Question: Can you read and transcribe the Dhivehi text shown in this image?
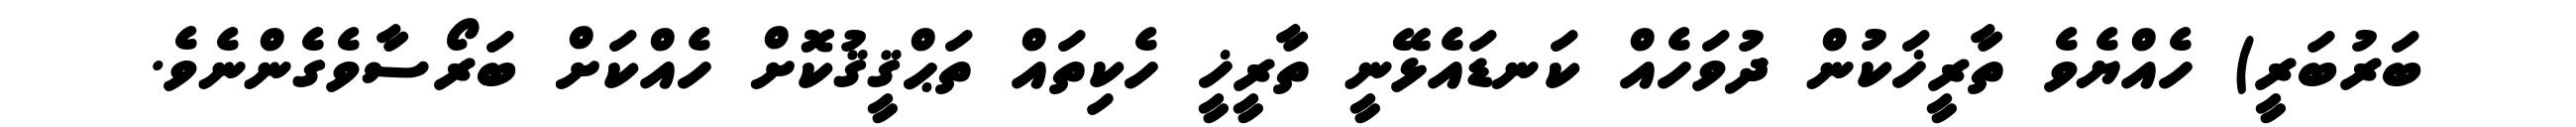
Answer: ބަރުބަރީ) ހެއްޔެވެ ތާރީޚަކުން ދުވަހެއް ކަނޑައެޅޭނީ ތާރީޚީ ހެކިތައް ތަޙްޤީޤުކޮށް ހެއްކަށް ބަރޯސާވެގެންނެވެ.